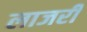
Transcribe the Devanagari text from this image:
लाजरी